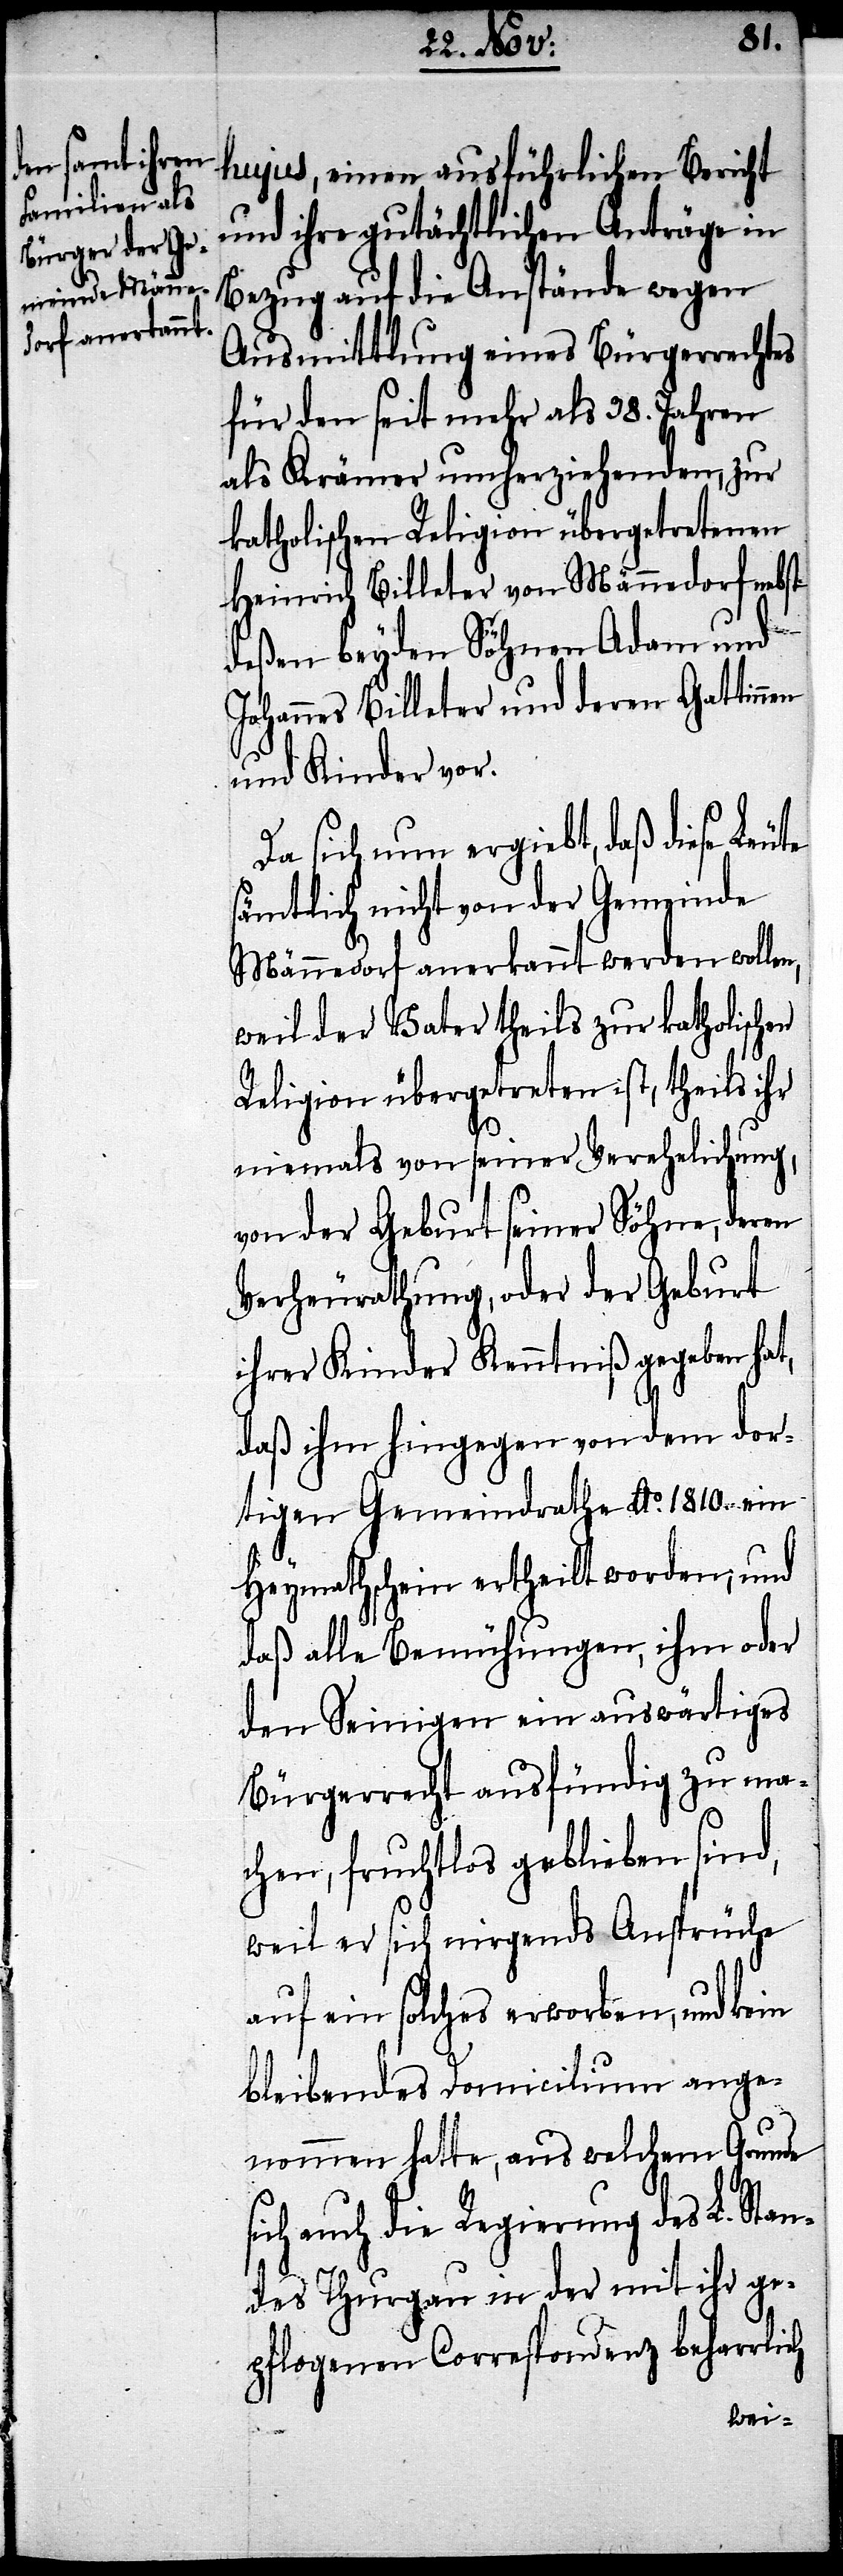
n,
hujus, einen ausführlichen Bericht
und ihre gutächtlichen Anträge in
Bezug auf die Anstände wegen
Ausmittlung eines Bürgerrechtes
für den seit mehr als 38. Jahren
als Krämer umherziehenden, zur
katholischen Religion übergetretenen
Heinrich Billeter von Männedorf nebst
deßen beyden Söhnen Adam und
Johannes Billeter und deren Gattin¬
und Kinder vor.
Da sich nun ergiebt, daß diese Leute
sämtliche nicht von der Gemeinde
Männedorf anerkannt werden wolle¬
weil der Vater theils zur katholischen
Religion übergetreten ist, theils ihr
niemals von seiner Verehelichung,
von der Geburt seiner Söhne, deren
Verheurathung, oder der Geburt
ihrer Kinder Kenntniß gegeben hat,
daß ihm hingegen von dem dor¬
tigen Gemeindrathe Ao. 1810. ein
Heymathschein ertheilt worden, und
daß alle Bemühungen, ihm oder
den Seinigen ein auswärtiges
Bürgerrecht ausfündig zu ma¬
chen, fruchtlos geblieben sind,
weil er sich nirgends Ansprüche
auf ein solches erworben, und kein
bleibendes Domicilium ange¬
nommen hatte, aus welchem Grunde
sich auch die Regierung des L. Stan¬
des Thurgau in der mit ihr ge¬
pflogenen Correspondenz beharrlich
nen